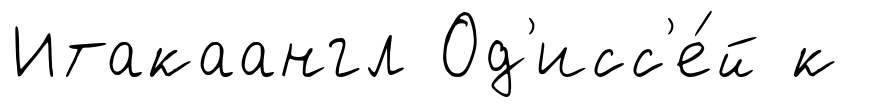
Итакаангл Од'исс'е́й к